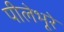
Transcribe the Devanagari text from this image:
पीलेभूरे